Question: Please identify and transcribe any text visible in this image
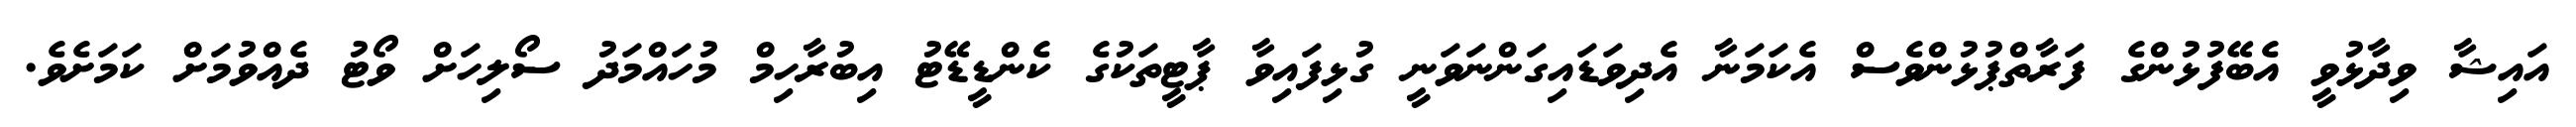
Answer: އައިޝާ ވިދާޅުވީ އެބޭފުޅުންގެ ފަރާތްޕުޅުންވެސް އެކަމަނާ އެދިވަޑައިގަންނަވަނީ ގުޅިފައިވާ ޕާޓީތަކުގެ ކެންޑީޑޭޓު އިބުރާހިމް މުހައްމަދު ސޯލިހަށް ވޯޓު ދެއްވުމަށް ކަމަށެވެ.